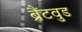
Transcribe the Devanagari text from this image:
ब्रैंटवुड